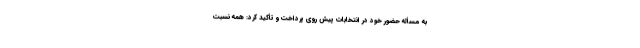
به مسأله حضور خود در انتخابات پیش روی پرداخت و تأکید کرد: همه نسبت